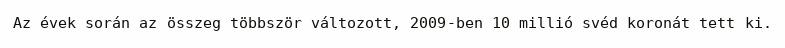
Az évek során az összeg többször változott, 2009-ben 10 millió svéd koronát tett ki.